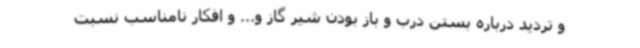
و تردید درباره بستن درب و باز بودن شیر گاز و... و افکار نامناسب نسبت